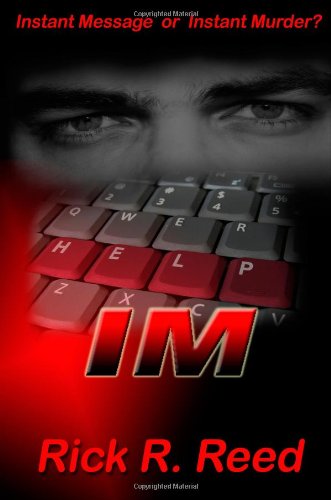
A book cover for IM; Rick R. Reed; Gay & Lesbian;